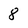
Character: 8